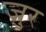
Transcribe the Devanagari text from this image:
ज़ुर